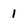
Character: 1